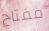
مفتاح